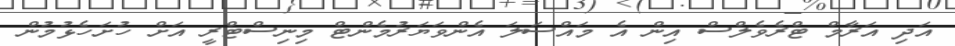
އަދި އަރާމް ޓްރެވެލްސް އިން އެ މައްސަލަ އެންވަޔަރުމެންޓް މިނިސްޓްރީ އަށް ހުށަހެޅުމުން